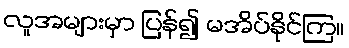
လူအများမှာ ပြန်၍ မအိပ်နိုင်ကြ။